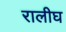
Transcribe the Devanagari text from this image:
रालीघ